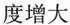
度增大